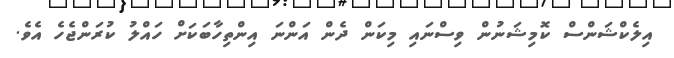
އިލެކްޝަންސް ކޮމިޝަނުން ވިސްނައި މިކަން ދެން އަންނަ އިންތިހާބަކަށް ހައްލު ކުރަންޖެހެ އެވެ.